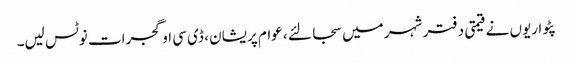
پٹواریوں نے قیمتی دفتر شہر میں سجا لئے ، عوام پریشان ، ڈی سی او گجرات نوٹس لیں۔